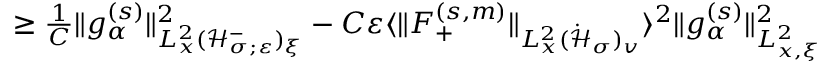
\begin{array} { r } { \geq \frac { 1 } { C } \| g _ { \alpha } ^ { ( s ) } \| _ { L _ { x } ^ { 2 } ( \mathcal H _ { \sigma ; \varepsilon } ^ { - } ) _ { \xi } } ^ { 2 } - C \varepsilon \langle \| F _ { + } ^ { ( s , m ) } \| _ { L _ { x } ^ { 2 } ( \dot { \mathcal H } _ { \sigma } ) _ { v } } \rangle ^ { 2 } \| g _ { \alpha } ^ { ( s ) } \| _ { L _ { x , \xi } ^ { 2 } } ^ { 2 } } \end{array}